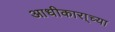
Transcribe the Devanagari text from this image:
आधीकारा्च्या